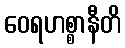
ဝေရဟစ္စာနီတိ